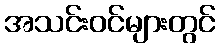
အသင်းဝင်များတွင်